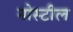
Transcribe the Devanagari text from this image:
नोस्टील